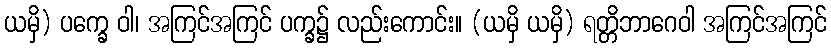
ယမှိ) ပက္ခေ ဝါ၊ အကြင်အကြင် ပက္ခ၌ လည်းကောင်း။ (ယမှိ ယမှိ) ရတ္တိဘာဂေဝါ အကြင်အကြင်